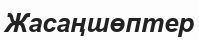
Жасаңшөптер